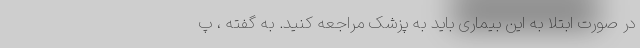
در صورت ابتلا به این بیماری باید به پزشک مراجعه کنید. به گفته ، پ